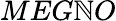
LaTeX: MEG\mathbb{N}O